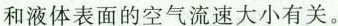
和液体表面的空气流速大小有关。